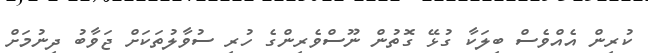
ކުރިން އެއްވެސް ބިލަކާ ގުޅޭ ގޮތުން ނޫސްވެރިންގެ ހުރި ސުވާލުތަކަށް ޖަވާބު ދިނުމަށް